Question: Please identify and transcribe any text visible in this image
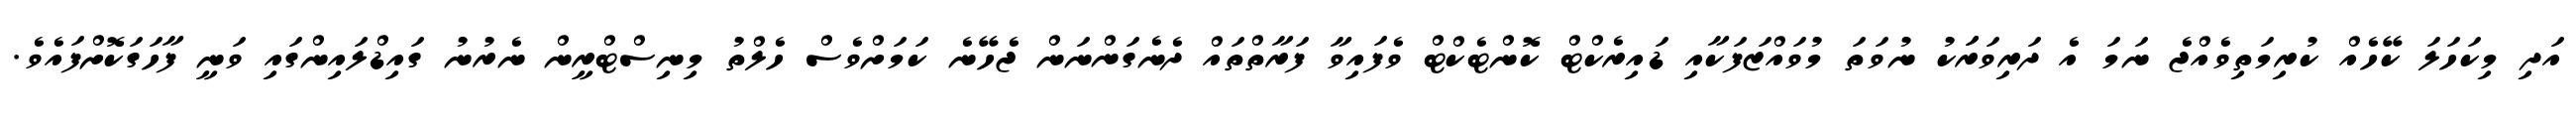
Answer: އަދި މިކަހަލަ ކޭހެއް ކުރިމަތިވެއްޖެ ނަމަ އެ ދަރިވަރަަކު ނުވަތަ މުވައްޒަފަކާއި ޑައިރެކްޓް ކޮންޓެކްޓް ވެފައިވާ ފަރާތްތައް ދެނެގަންނަން ޖެހޭނެ ކަމަށްވެސް ހެލްތު މިނިސްޓްރީން ނެރުނު ގައިޑްލައިންގައި ވަނީ ފާހަގަކޮށްފައެވެ.